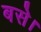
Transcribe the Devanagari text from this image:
बसेे।